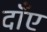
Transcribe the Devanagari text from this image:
दाँए